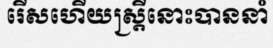
រើសហើយស្ត្រីនោះបាននាំ